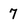
Character: 7